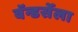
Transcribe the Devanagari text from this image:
वॅन्डर्सेला